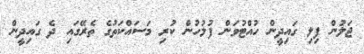
ޖަލުން ފިލި ގައިދީން ހުއްޓުވަން ފުލުހުން ކުރި މަސައްކަތުގެ ތެރޭގައި ދެ ގައިދީން